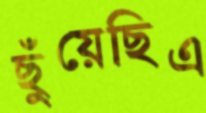
ছুঁয়েছিএ